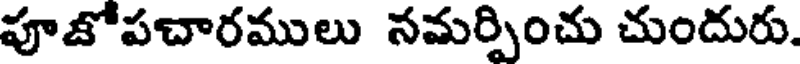
పూజోపచారములు సమర్పించు చుందురు.